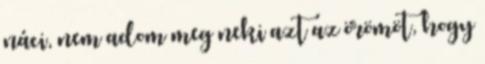
náci, nem adom meg neki azt az örömöt, hogy